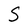
Character: S